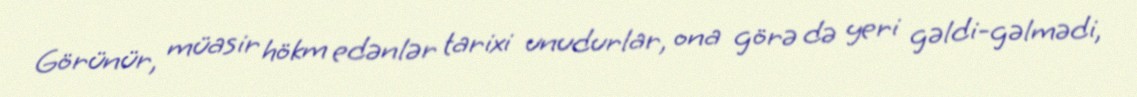
Görünür, müasir hökm edənlər tarixi unudurlar, ona görə də yeri gəldi-gəlmədi,